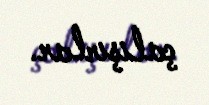
çalışırlar.